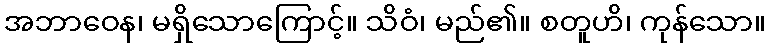
အဘာဝေန၊ မရှိသောကြောင့်။ သိဝံ၊ မည်၏။ စတူဟိ၊ ကုန်သော။